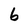
Character: b